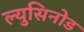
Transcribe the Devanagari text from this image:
ल्युसिनोड